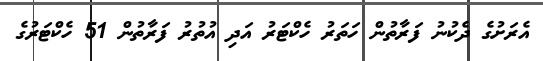
އެރަށުގެ ދެކުނު ފަރާތުން ހަތަރު ހެކްޓަރު އަދި އުތުރު ފަރާތުން 51 ހެކްޓަރުގެ